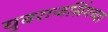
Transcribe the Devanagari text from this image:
युवराजसिंगच्या